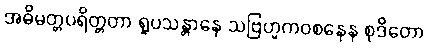
အဓိမတ္တပရိတ္တတာ ရူပသန္တာနေ သဗြဟ္မကဝစနေန စုဒိတော